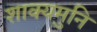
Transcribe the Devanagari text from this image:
शाक्‍यमुनि